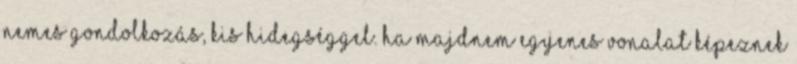
nemes gondolkozás, kis hidegséggel. Ha majdnem egyenes vonalat képeznek